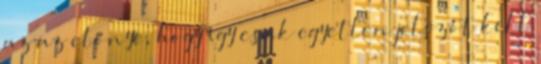
az az előnye, hogy így csak egyetlen jelszót kell